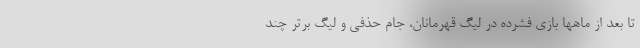
تا بعد از ماهها بازی فشرده در لیگ قهرمانان، جام حذفی و لیگ برتر چند